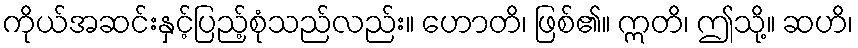
ကိုယ်အဆင်းနှင့်ပြည့်စုံသည်လည်း။ ဟောတိ၊ ဖြစ်၏။ ဣတိ၊ ဤသို့။ ဆဟိ၊